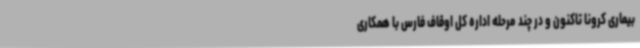
بیماری کرونا تاکنون و در چند مرحله اداره کل اوقاف فارس با همکاری